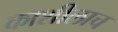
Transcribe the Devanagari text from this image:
काशीलाच